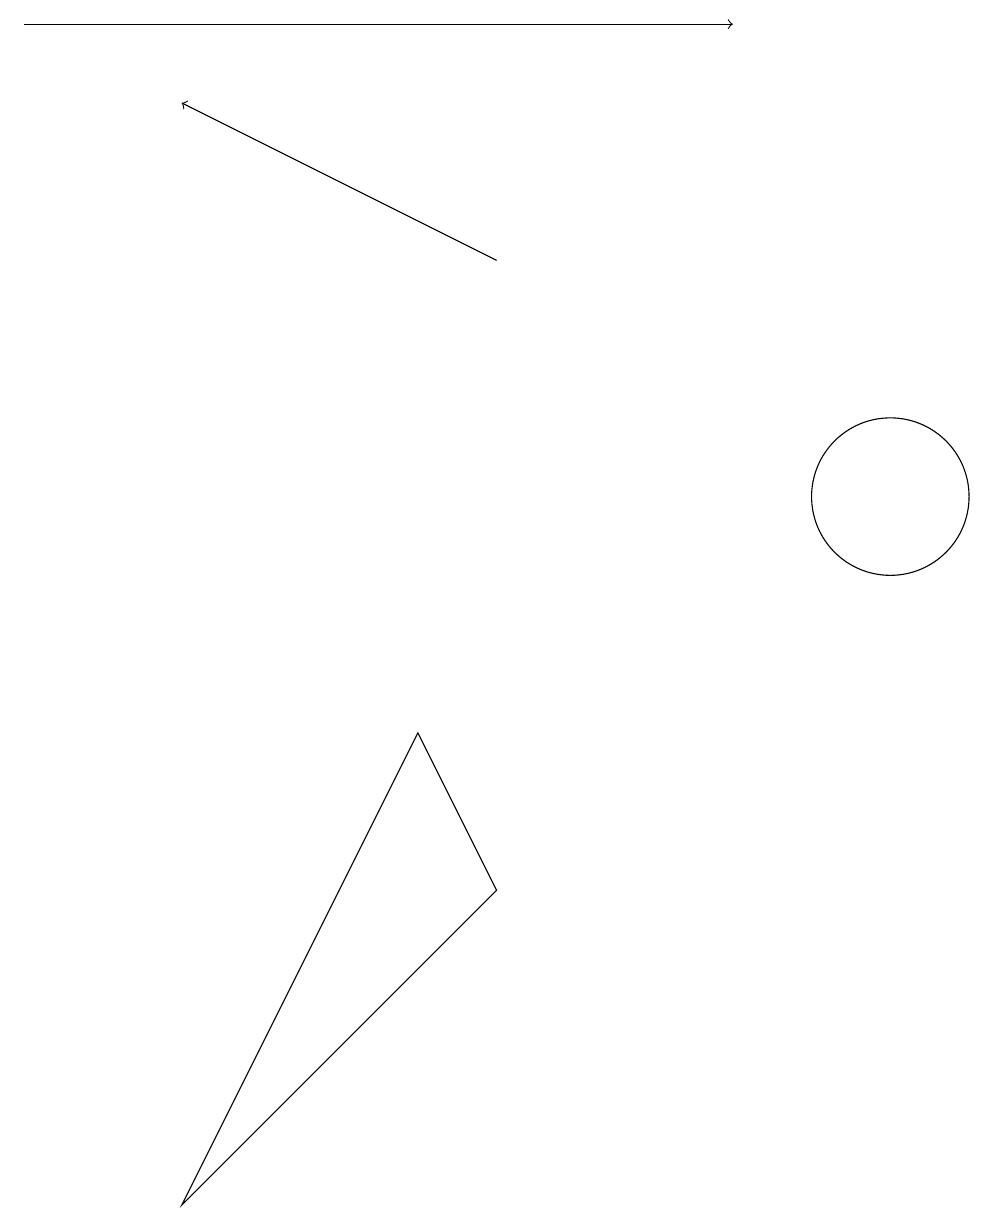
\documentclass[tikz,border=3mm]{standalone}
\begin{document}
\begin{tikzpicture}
\draw (5,7) -- (6,5) -- (2,1) -- cycle;
\draw (11,10) circle (1);
\draw[->] (0,16) -- (9,16);
\draw[->] (6,13) -- (2,15);
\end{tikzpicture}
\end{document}